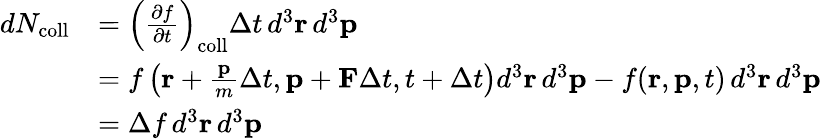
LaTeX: {\begin{array}{rl}{dN_{\mathrm{coll}}}&{=\left({\frac{\partial f}{\partial t}}\right)_{\mathrm{coll}}\Delta t\, d^{3}\mathbf{r}\, d^{3}\mathbf{p}}\\ &{=f\left(\mathbf{r}+{\frac{\mathbf{p}}{m}}\Delta t,\mathbf{p}+\mathbf{F}\Delta t,t+\Delta t\right)d^{3}\mathbf{r}\, d^{3}\mathbf{p}-f(\mathbf{r},\mathbf{p},t)\, d^{3}\mathbf{r}\, d^{3}\mathbf{p}}\\ &{=\Delta f\, d^{3}\mathbf{r}\, d^{3}\mathbf{p}}\end{array}}